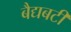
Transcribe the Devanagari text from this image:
बैद्यबटी